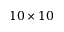
1 0 \times 1 0